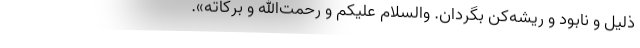
ذلیل و نابود و ریشه‌کن بگردان. والسلام علیکم و رحمت‌الله و برکاته».